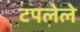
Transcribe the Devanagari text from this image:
टपलेले